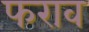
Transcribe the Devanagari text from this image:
फराव